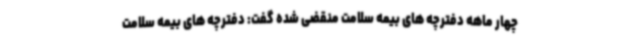
چهار ماهه دفترچه های بیمه سلامت منقضی شده گفت: دفترچه های بیمه سلامت